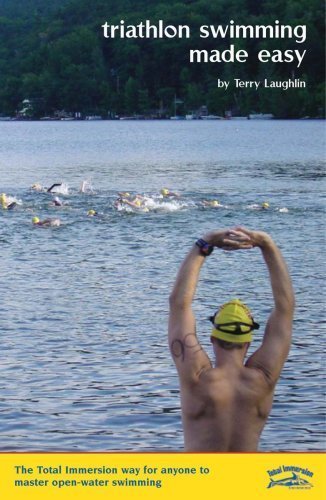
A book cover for Triathlon Swimming Made Easy: The Total Immersion Way for Anyone to Master Open-Water Swimming; Terry Laughlin; Health, Fitness & Dieting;